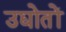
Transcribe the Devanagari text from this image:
उद्योतों